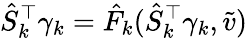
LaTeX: \hat{S}_{k}^{\top}\gamma_{k}=\hat{F}_{k}(\hat{S}_{k}^{\top}\gamma_{k},\tilde{v})